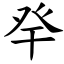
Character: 癷